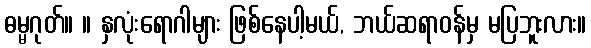
ဓမ္မဂုတ်။ ။ နှလုံးရောဂါများ ဖြစ်နေပါ့မယ်, ဘယ်ဆရာဝန်မှ မပြဘူးလား။